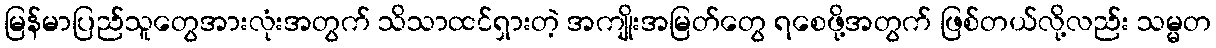
မြန်မာပြည်သူတွေအားလုံးအတွက် သိသာထင်ရှားတဲ့ အကျိုးအမြတ်တွေ ရစေဖို့အတွက် ဖြစ်တယ်လို့လည်း သမ္မတ